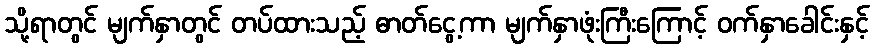
သို့ရာတွင် မျက်နှာတွင် တပ်ထားသည့် ဓာတ်ငွေ့ကာ မျက်နှာဖုံးကြီးကြောင့် ဝက်နှာခေါင်းနှင့်